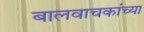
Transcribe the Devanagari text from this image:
बालवाचकांच्या